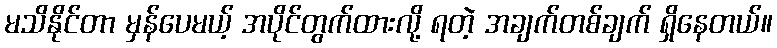
မသိနိုင်တာ မှန်ပေမယ့် အပိုင်တွက်ထားလို့ ရတဲ့ အချက်တစ်ချက် ရှိနေတယ်။